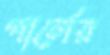
পার্লের